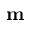
\mathbf { m }